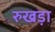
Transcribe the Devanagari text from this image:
रुखड़ा